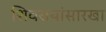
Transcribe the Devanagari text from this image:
शिवरायांसारखा